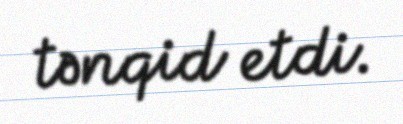
tənqid etdi.